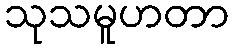
သုသမူဟတာ